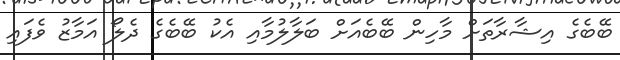
ބޭބެގެ އިޝާރާތަށް މާހިން ބޭބެއަށް ބަލާލުމާއި އެކު ބޭބެގެ ދެލޯ އަމާޒު ވެފައި